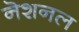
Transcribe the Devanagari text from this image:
नॆशनल